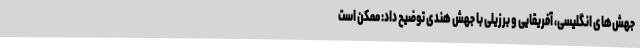
جهش‌های انگلیسی، آفریقایی و برزیلی با جهش هندی توضیح داد: ممکن است